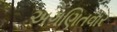
અગણિતવાર